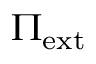
\Pi _ { \mathrm { e x t } }